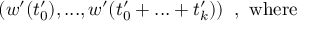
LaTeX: ( w ^ { \prime } ( t _ { 0 } ^ { \prime } ) , . . . , w ^ { \prime } ( t _ { 0 } ^ { \prime } + . . . + t _ { k } ^ { \prime } ) ) \; \; , \mathrm { ~ w h e r e }